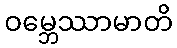
ဝမ္ဘေဿာမာတိ